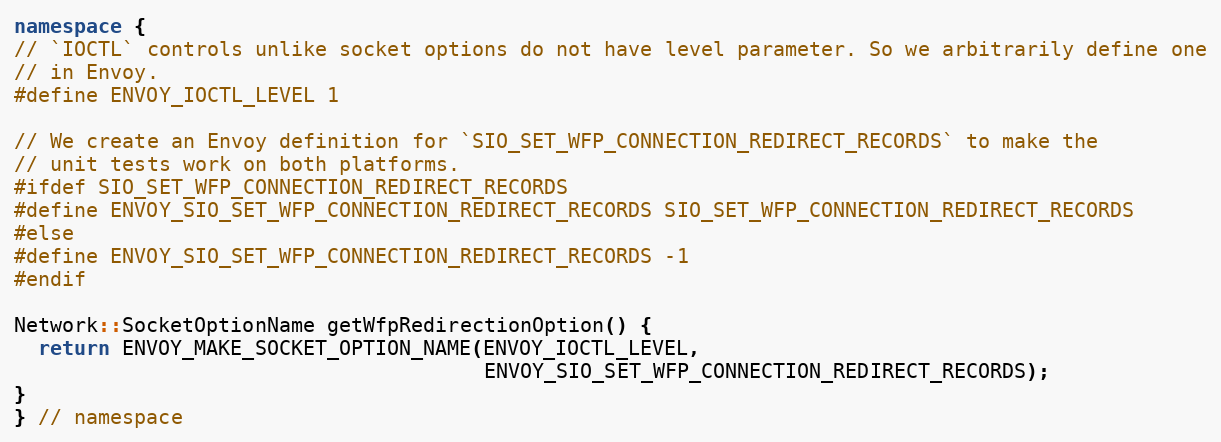
Language: C++
namespace {
// `IOCTL` controls unlike socket options do not have level parameter. So we arbitrarily define one
// in Envoy.
#define ENVOY_IOCTL_LEVEL 1

// We create an Envoy definition for `SIO_SET_WFP_CONNECTION_REDIRECT_RECORDS` to make the
// unit tests work on both platforms.
#ifdef SIO_SET_WFP_CONNECTION_REDIRECT_RECORDS
#define ENVOY_SIO_SET_WFP_CONNECTION_REDIRECT_RECORDS SIO_SET_WFP_CONNECTION_REDIRECT_RECORDS
#else
#define ENVOY_SIO_SET_WFP_CONNECTION_REDIRECT_RECORDS -1
#endif

Network::SocketOptionName getWfpRedirectionOption() {
  return ENVOY_MAKE_SOCKET_OPTION_NAME(ENVOY_IOCTL_LEVEL,
                                       ENVOY_SIO_SET_WFP_CONNECTION_REDIRECT_RECORDS);
}
} // namespace